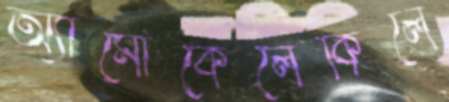
অ্যামোকেলেকিলে